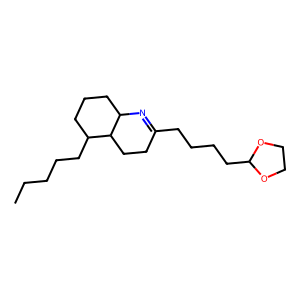
SMILES: CCCCCC1CCCC2N=C(CCCCC3OCCO3)CCC12
Inhibits HIV replication: No